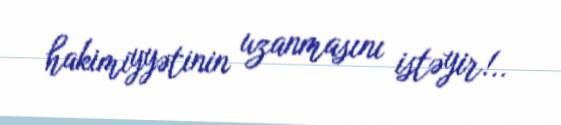
hakimiyyətinin uzanmasını istəyir!..